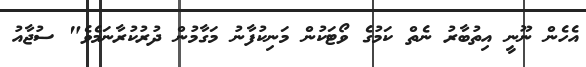
އެހެން ނޫނީ އިތުބާރު ނެތް ކަމުގެ ވޯޓަކުން މަނިކުފާނު މަގާމުން ދުރުކުރާނަމެވެ" ސުޖާއު